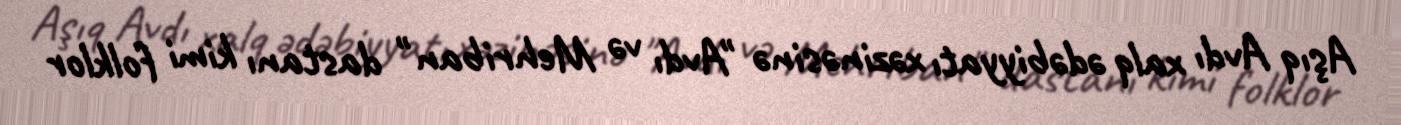
Aşıq Avdı xalq ədəbiyyatı xəzinəsinə "Avdı və Mehriban" dastanı kimi folklor